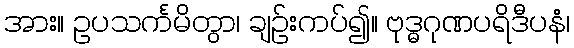
အား။ ဥပသင်္ကမိတွာ၊ ချဉ်းကပ်၍။ ဗုဒ္ဓဂုဏပရိဒီပနံ၊